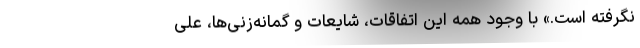
نگرفته است.» با وجود همه این اتفاقات، شایعات و گمانه‌زنی‌ها، علی